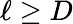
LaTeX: \ell\geq D